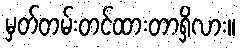
မှတ်တမ်းတင်ထားတာရှိလား။